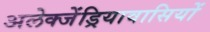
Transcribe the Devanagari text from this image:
अलेक्जेंड्रियावासियों